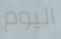
اليوم